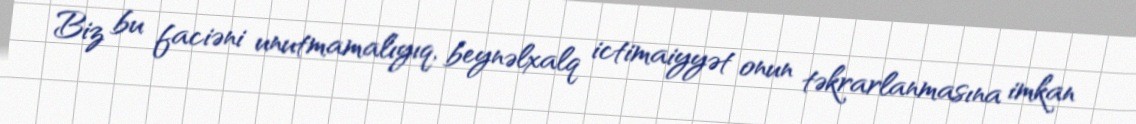
Biz bu faciəni unutmamalıyıq, beynəlxalq ictimaiyyət onun təkrarlanmasına imkan